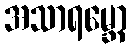
အသာရမ္ဘော